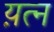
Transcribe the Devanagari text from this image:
य़त्न